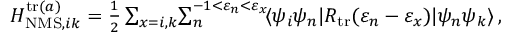
\begin{array} { r } { H _ { \mathrm { N M S } , i k } ^ { \mathrm { t r } ( a ) } = \frac { 1 } { 2 } \sum _ { x = i , k } \! \sum _ { n } ^ { - 1 < \varepsilon _ { n } < \varepsilon _ { x } } \! \ensuremath { \langle \psi _ { i } \psi _ { n } | } { R } _ { \mathrm { t r } } ( \varepsilon _ { n } - \varepsilon _ { x } ) \ensuremath { | \psi _ { n } \psi _ { k } \rangle } \, , } \end{array}